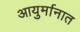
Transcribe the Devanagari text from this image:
आयुर्मानात